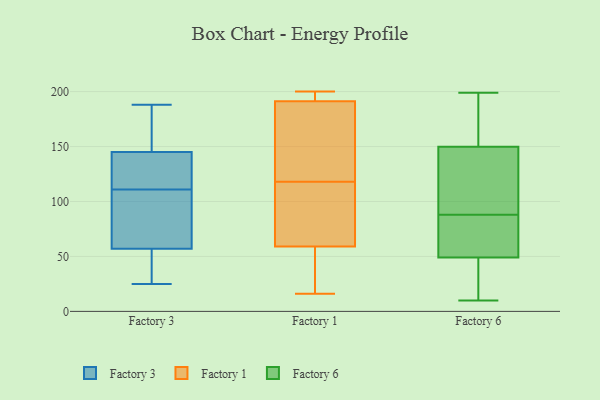
{"axis": {"x": "Revenue (USD Million)", "y": "Value"}, "legend": ["Factory 1", "Factory 3", "Factory 6"], "data": [{"x": "", "y": 177, "type": "Factory 3"}, {"x": "", "y": 51, "type": "Factory 3"}, {"x": "", "y": 179, "type": "Factory 3"}, {"x": "", "y": 97, "type": "Factory 3"}, {"x": "", "y": 115, "type": "Factory 3"}, {"x": "", "y": 59, "type": "Factory 3"}, {"x": "", "y": 188, "type": "Factory 3"}, {"x": "", "y": 157, "type": "Factory 3"}, {"x": "", "y": 141, "type": "Factory 3"}, {"x": "", "y": 25, "type": "Factory 3"}, {"x": "", "y": 38, "type": "Factory 3"}, {"x": "", "y": 76, "type": "Factory 3"}, {"x": "", "y": 133, "type": "Factory 3"}, {"x": "", "y": 37, "type": "Factory 3"}, {"x": "", "y": 111, "type": "Factory 3"}, {"x": "", "y": 122, "type": "Factory 3"}, {"x": "", "y": 62, "type": "Factory 3"}, {"x": "", "y": 183, "type": "Factory 1"}, {"x": "", "y": 50, "type": "Factory 1"}, {"x": "", "y": 139, "type": "Factory 1"}, {"x": "", "y": 59, "type": "Factory 1"}, {"x": "", "y": 199, "type": "Factory 1"}, {"x": "", "y": 200, "type": "Factory 1"}, {"x": "", "y": 59, "type": "Factory 1"}, {"x": "", "y": 198, "type": "Factory 1"}, {"x": "", "y": 194, "type": "Factory 1"}, {"x": "", "y": 110, "type": "Factory 1"}, {"x": "", "y": 118, "type": "Factory 1"}, {"x": "", "y": 16, "type": "Factory 1"}, {"x": "", "y": 90, "type": "Factory 1"}, {"x": "", "y": 37, "type": "Factory 1"}, {"x": "", "y": 171, "type": "Factory 1"}, {"x": "", "y": 199, "type": "Factory 6"}, {"x": "", "y": 88, "type": "Factory 6"}, {"x": "", "y": 95, "type": "Factory 6"}, {"x": "", "y": 192, "type": "Factory 6"}, {"x": "", "y": 143, "type": "Factory 6"}, {"x": "", "y": 58, "type": "Factory 6"}, {"x": "", "y": 21, "type": "Factory 6"}, {"x": "", "y": 50, "type": "Factory 6"}, {"x": "", "y": 83, "type": "Factory 6"}, {"x": "", "y": 146, "type": "Factory 6"}, {"x": "", "y": 10, "type": "Factory 6"}, {"x": "", "y": 46, "type": "Factory 6"}, {"x": "", "y": 161, "type": "Factory 6"}]}